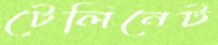
টেলিনেট